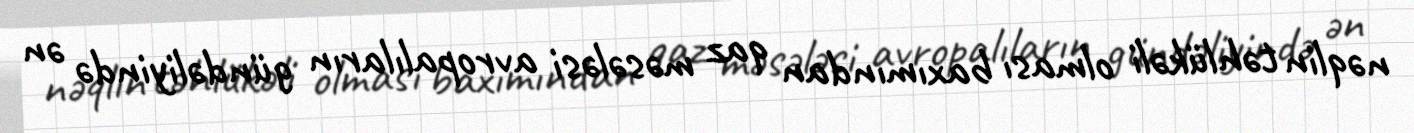
nəqlin təhlükəli olması baxımından qaz məsələsi avropalıların gündəliyində ən